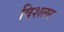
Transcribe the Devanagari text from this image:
विशलर